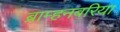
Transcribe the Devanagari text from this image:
ब्राम्हनबरिया